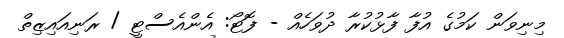
މިނިވަން ކަމުގެ އުފާ ފާޅުކުރާ ދުވަހެއް - ފޮޓޯ: އެންއެސްޓީ / ރަނިއައިޒިތް